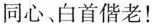
同心、白首偕老！